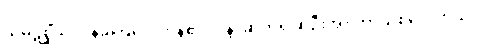
သမ္ပဋိစ္ဆိံသု၊ ဝန်ခံကြလေကုန်၏။ ပန၊ ဆက်၍ဆိုဦးအံ့။ တာယစဝေလာယ၊